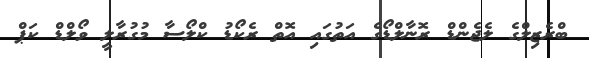
ބްރެޒިލްގެ ލެޖެންޑް ރޮނާލްޑޯގެ އަތުގައި އޮތް ރެކޯޑު ކްލޯސާ މުގުރާލީ ވޯލްޑް ކަޕް